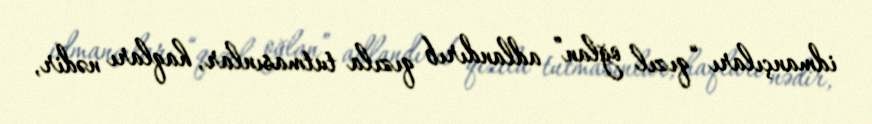
idmançıları “qızıl oğlan” adlandırıb qızıla tutmasınlar, haqları nədir,